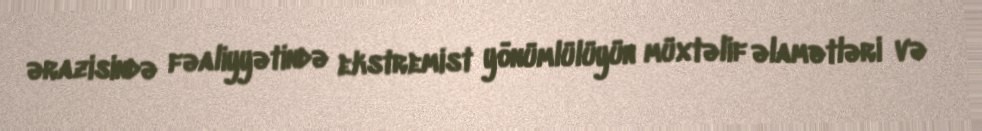
ərazisində fəaliyyətində ekstremist yönümlülüyün müxtəlif əlamətləri və